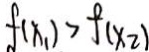
f ( x _ { 1 } ) > f ( x _ { 2 } )